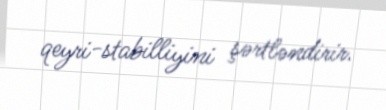
qeyri-stabilliyini şərtləndirir.